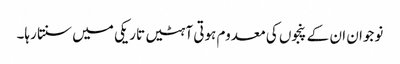
نوجوان ان کے پنجوں کی معدوم ہوتی آہٹیں تاریکی میں سنتا رہا۔